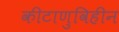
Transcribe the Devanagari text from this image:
कीटाणुविहीन